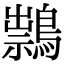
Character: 䳳